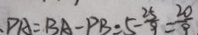
P A = B A - P B = 5 - \frac { 2 5 } { 9 } = \frac { 2 0 } { 9 }